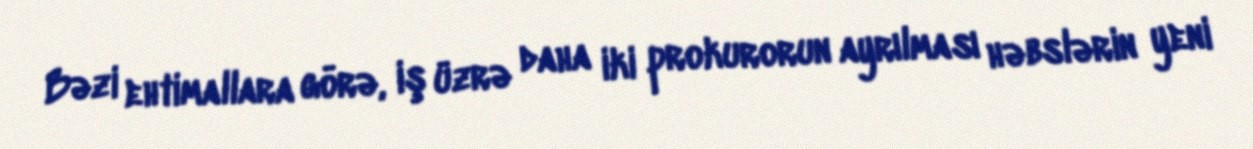
Bəzi ehtimallara görə, iş üzrə daha iki prokurorun ayrılması həbslərin yeni